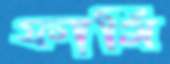
ফার্মি